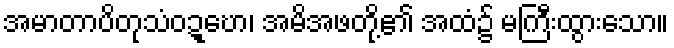
အမာတာပိတုသံဝဍ္ဎော၊ အမိအဖတို့၏ အထံ၌ မကြီးထွားသော။